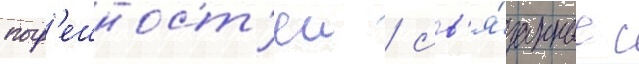
погр'ешност'еи / св'я́занные с